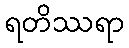
ရတိဿရာ